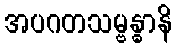
အပဂတသမ္ဗန္ဓာနိ